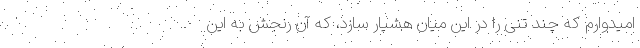
امیدوارم که چند تنی را در این میان هشیار سازد، که آن رنجش به این